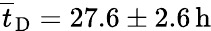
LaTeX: \overline{{t}}_{\mathrm{D}}=27.6\pm 2.6\, \mathrm{h}